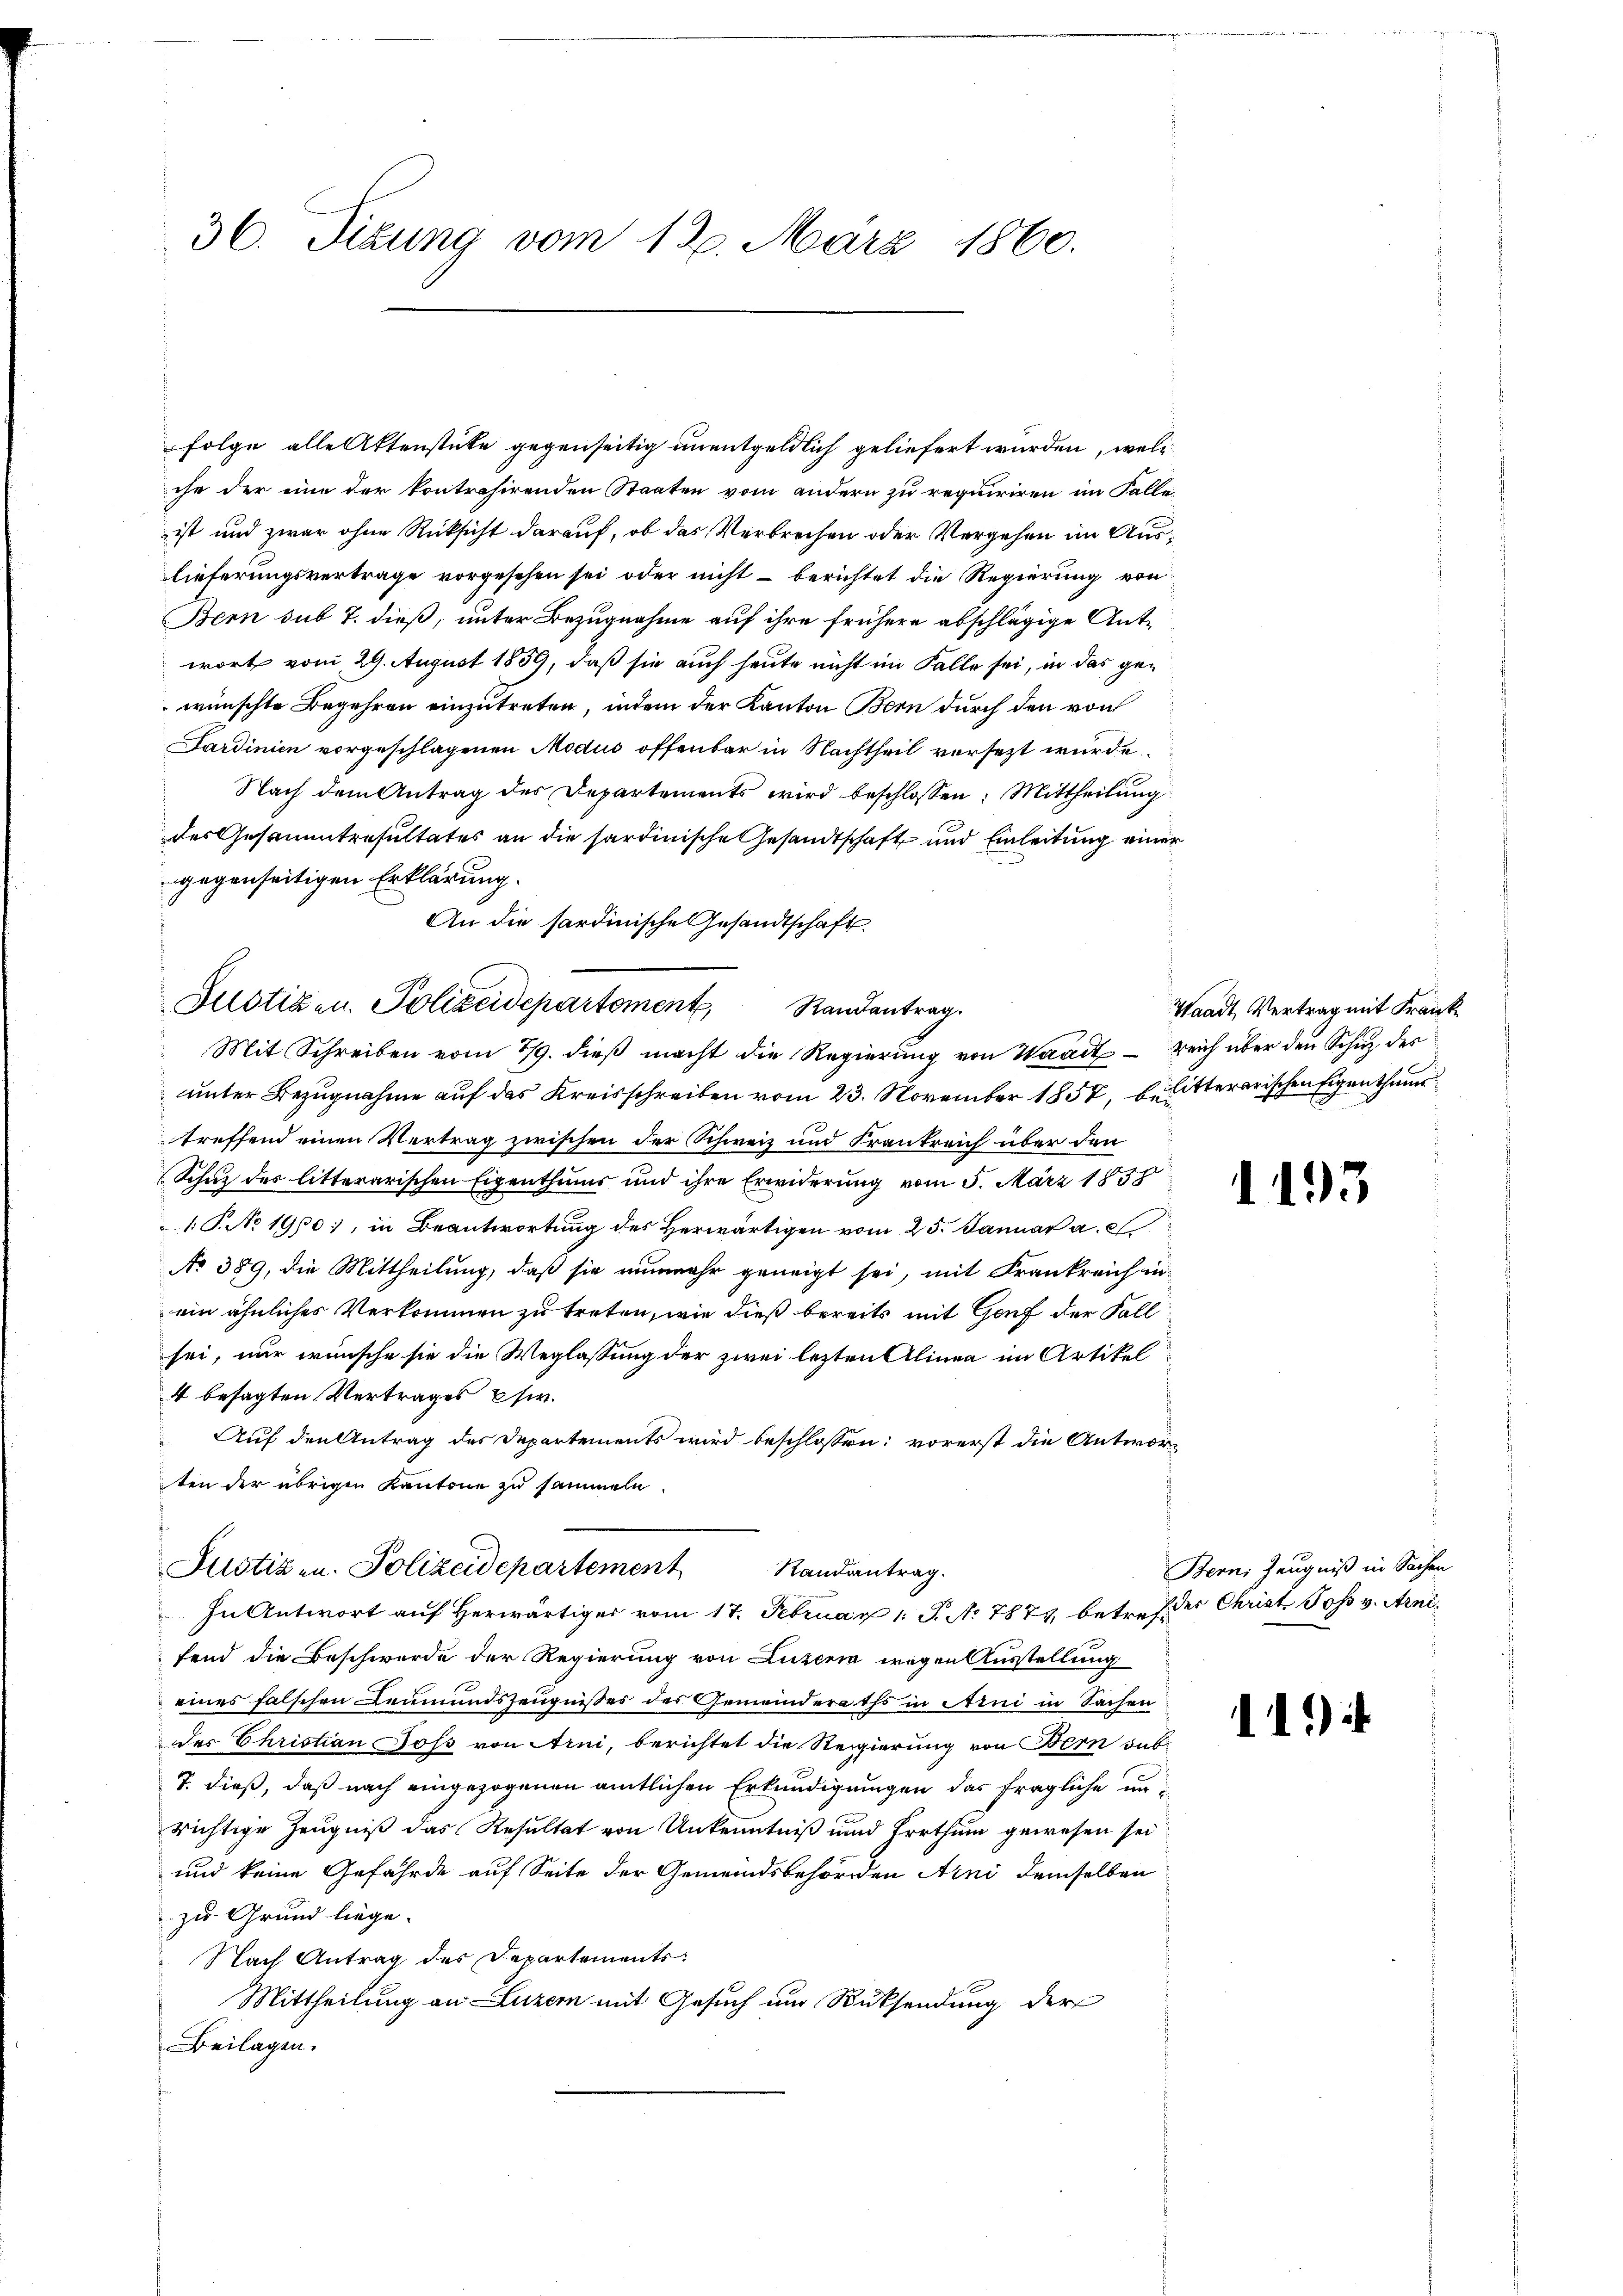
36. Sitzung vom 12. März 1860.

Folge alle Aktenstücke gegenseitig unentgeldlich geliefert wurden, welc
che der ein der kontrasirenden Staaten vom andern zu requiriren im Falle
ist und zwar ohne Rücksicht darauf, ob das Verbrechen oder Vergehen im Auslieferungsvertrage vorgesehen sei oder nicht – berichtet die Regierung von
Bern sub 7. dieß, unter Bezugnahme auf ihre frühere abschlägige Antwort vom 29. August 1859, daß sie auch heute nicht im Falle sei, in das gewünschte Begehren einzutreten, indem der Kanton Bern durch den von
Sardinien vorgeschlagenen Modus offenbar in Nachtheil versezt wurde.
Nach dem Antrag des Departements wird beschlossen: Mittheilung
des Gesammtresultates an die sardinische Gesandtschaft und Einleitung einer
gegenseitigen Erklärung.
An die sardinische Gesandtschaft.
Mit Schreiben vom 7/9. dieß macht die Regierung von Waadt - reich über den Schuz des
unter Bezugnahme auf das Kreisschreiben vom 23. November 1857, b. litterarischen Eigenthum
treffend einen Vertrag zwischen der Schweiz und Frankreich über den
Schuz des litterarischen Eigenthums und ihre Erwiderung vom 5. März 1858
1 S. No 1900), in Beantwortung des Herwärtigen vom 25. Januar a. c.
No 389, die Mittheilung, daß sie nunmehr geneigt sei, mit Frankreich in
ein ähnliches Verkommen zu treten, wie dieß bereits mit Genf der Fall
sei, nur wünsche sie die Weglassung der zwei lezten Alinea im Artikel
4 besagten Vertrages Ehe.
Auf den Antrag des Departements wird beschlossen: vorerst die Antworten der übrigen Kantone zu sammeln.
Justiz u. Polizeidepartement andantrag.
In Antwort auf herwärtiger vom 17. Februar 1 S. No 7879, betref des Christ. Poss v. Arnifend die Beschwerde der Regierung von Luzern wegen Ausstellung
eines falschen Leumundszeugnisses des Gemeinderaths in Arni in Sachen
des Christian Joss von Arni, berichtet die Regierung von Bern dab
T. dieß, daß nach eingezogenen amtlichen Erkundigungen das fragliche unrichtige Zeugniß das Resultat von Unkenntniß und Errthum gewesen sei?
und keine Gefährde auf Seite der Gemeindsbehörden Arni demselben
zu Grund liege.
Nach Antrag des Departements
Mittheilung an Luzern mit Gesuch um Rücksendung der
Beilagen.

Justiz u. Polizeidepartement

Randantrag.

Waadt, Vertrag mit Frank

.

135

Bern Zeugniß in Sachen

11.)